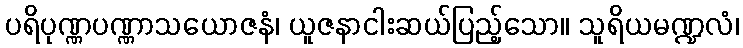
ပရိပုဏ္ဏပဏ္ဏာသယောဇနံ၊ ယူဇနာငါးဆယ်ပြည့်သော။ သူရိယမဏ္ဍလံ၊